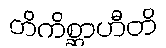
တိကိစ္ဆာဟီတိ